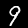
Digit: 9